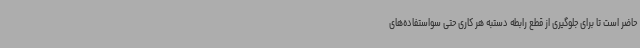
حاضر است تا برای جلوگیری از قطع رابطه دستبه هر کاری حتی سواستفاده‌های